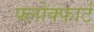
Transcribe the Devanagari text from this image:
फ्लोक्फार्ट